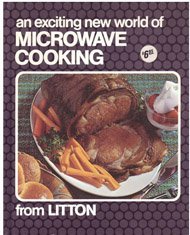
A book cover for An Exciting New World of Microwave Cooking; Litton; Cookbooks, Food & Wine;